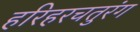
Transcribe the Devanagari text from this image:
हरिहरचतुरंग